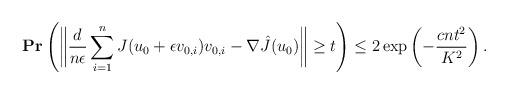
LaTeX: \begin{align*}\mathbf{Pr}\left( \bigg\|\frac{d}{n\epsilon} \sum_{i=1}^{n} J(u_0 + \epsilon v_{0,i})v_{0,i} - \nabla \hat{J}(u_0) \bigg\| \geq t \right) \leq 2\exp\left( - \frac{cnt^2}{K^2} \right).\end{align*}